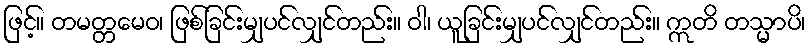
ဖြင့်။ တမတ္တမေဝ၊ ဖြစ်ခြင်းမျှပင်လျှင်တည်း။ ဝါ၊ ယူခြင်းမျှပင်လျှင်တည်း။ ဣတိ တသ္မာပိ၊